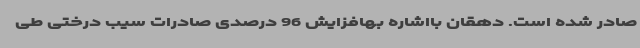
صادر شده است. دهقان بااشاره بهافزایش 96 درصدی صادرات سیب درختی طی